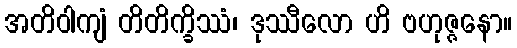
အတိဝါကျံ တိတိက္ခိဿံ၊ ဒုဿီလော ဟိ ဗဟုဇ္ဇနော။